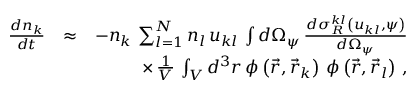
\begin{array} { r l r } { \frac { d n _ { k } } { d t } } & { \approx } & { - n _ { k } \, \sum _ { l = 1 } ^ { N } n _ { l } \, u _ { k l } \, \int d \Omega _ { \psi } \, \frac { d \sigma _ { R } ^ { k l } \left( u _ { k l } , \psi \right) } { d \Omega _ { \psi } } } \\ & { } & { \times \, \frac { 1 } { V } \, \int _ { V } d ^ { 3 } r \, \phi \left( \vec { r } , \vec { r } _ { k } \right) \, \phi \left( \vec { r } , \vec { r } _ { l } \right) \, , } \end{array}